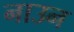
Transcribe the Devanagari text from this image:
नाउन